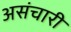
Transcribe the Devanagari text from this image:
असंचारी